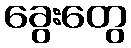
ခွေးတွေ